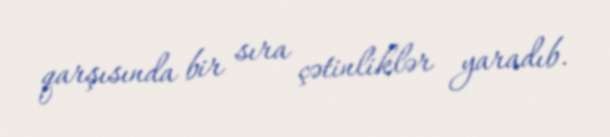
qarşısında bir sıra çətinliklər yaradıb.